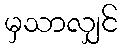
မှသာလျှင်